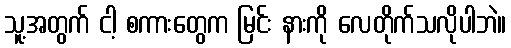
သူ့အတွက် ငါ့ စကားတွေက မြင်း နားကို လေတိုက်သလိုပါဘဲ။